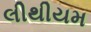
લીથીયમ